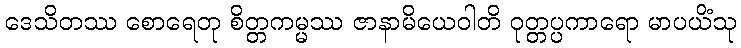
ဒေသိတဿ စောရေတု စိတ္တကမ္မဿ ဇာနာမိယေဝါတိ ဝုတ္တပ္ပကာရော မာပယိံသု